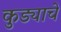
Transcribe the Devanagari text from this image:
कुड्याचे